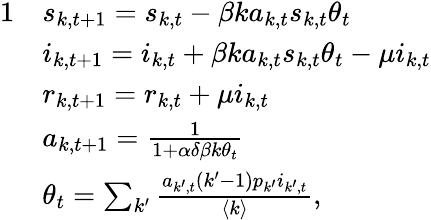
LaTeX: \begin{array}{rl}{{1}}&{s_{k,t+1}=s_{k,t}-\beta ka_{k,t}s_{k,t}\theta_{t}}\\ &{i_{k,t+1}=i_{k,t}+\beta ka_{k,t}s_{k,t}\theta_{t}-\mu i_{k,t}}\\ &{r_{k,t+1}=r_{k,t}+\mu i_{k,t}}\\ &{a_{k,t+1}=\frac{1}{1+\alpha\delta\beta k\theta_{t}}}\\ &{\theta_{t}=\sum_{k^{\prime}}\frac{a_{k^{\prime},t}(k^{\prime}-1)p_{k^{\prime}}i_{k^{\prime},t}}{\langle k\rangle},}\end{array}